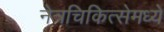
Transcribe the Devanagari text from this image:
नेत्रचिकित्सेमध्ये